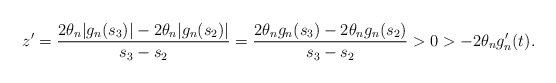
\begin{align*}z' = \frac{ 2 \theta_n|g_n (s_3)| - 2 \theta_n |g_n (s_2)| }{s_3 - s_2} = \frac{2 \theta_n g_n (s_3) - 2 \theta_n g_n (s_2)}{s_3 - s_2} > 0 > -2 \theta_n g_n' (t).\end{align*}